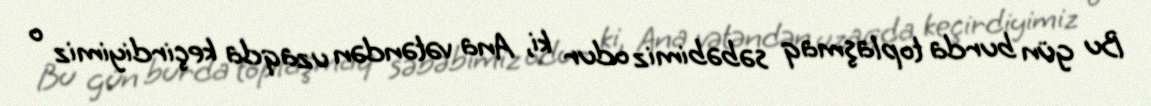
Bu gün burda toplaşmaq səbəbimiz odur ki, Ana vətəndən uzaqda keçirdiyimiz o